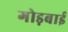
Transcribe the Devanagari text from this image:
गोड़बाई